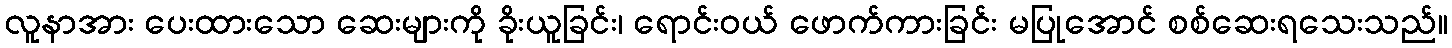
လူနာအား ပေးထားသော ဆေးများကို ခိုးယူခြင်း၊ ရောင်းဝယ် ဖောက်ကားခြင်း မပြုအောင် စစ်ဆေးရသေးသည်။